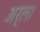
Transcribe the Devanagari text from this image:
अर्ल।